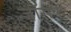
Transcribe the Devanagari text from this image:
जाॅसफ